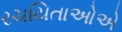
રચયિતાઓએ